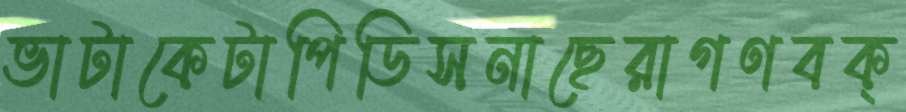
ভাটাকেটাপিডিসনাছেরাগণবক্